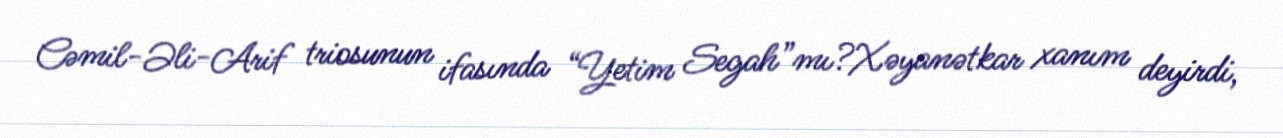
Cəmil-Əli-Arif triosunun ifasında “Yetim Segah”mı?Xəyanətkar xanım deyirdi,